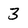
Character: 3